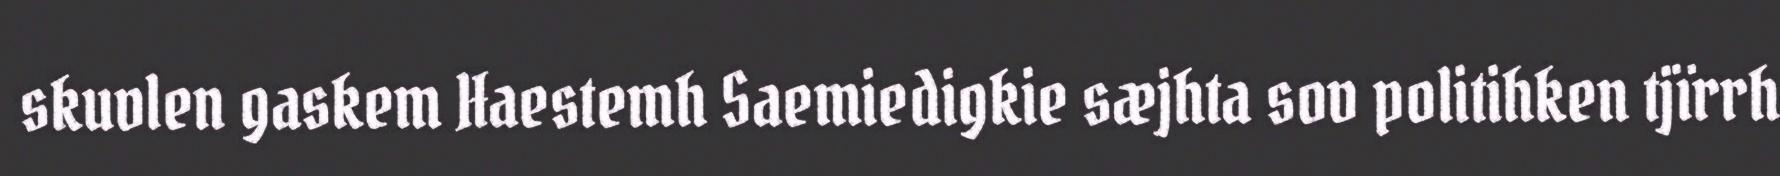
skuvlen gaskem Haestemh Saemiedigkie sæjhta sov politihken tjïrrh